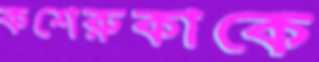
কশেরুকাকে